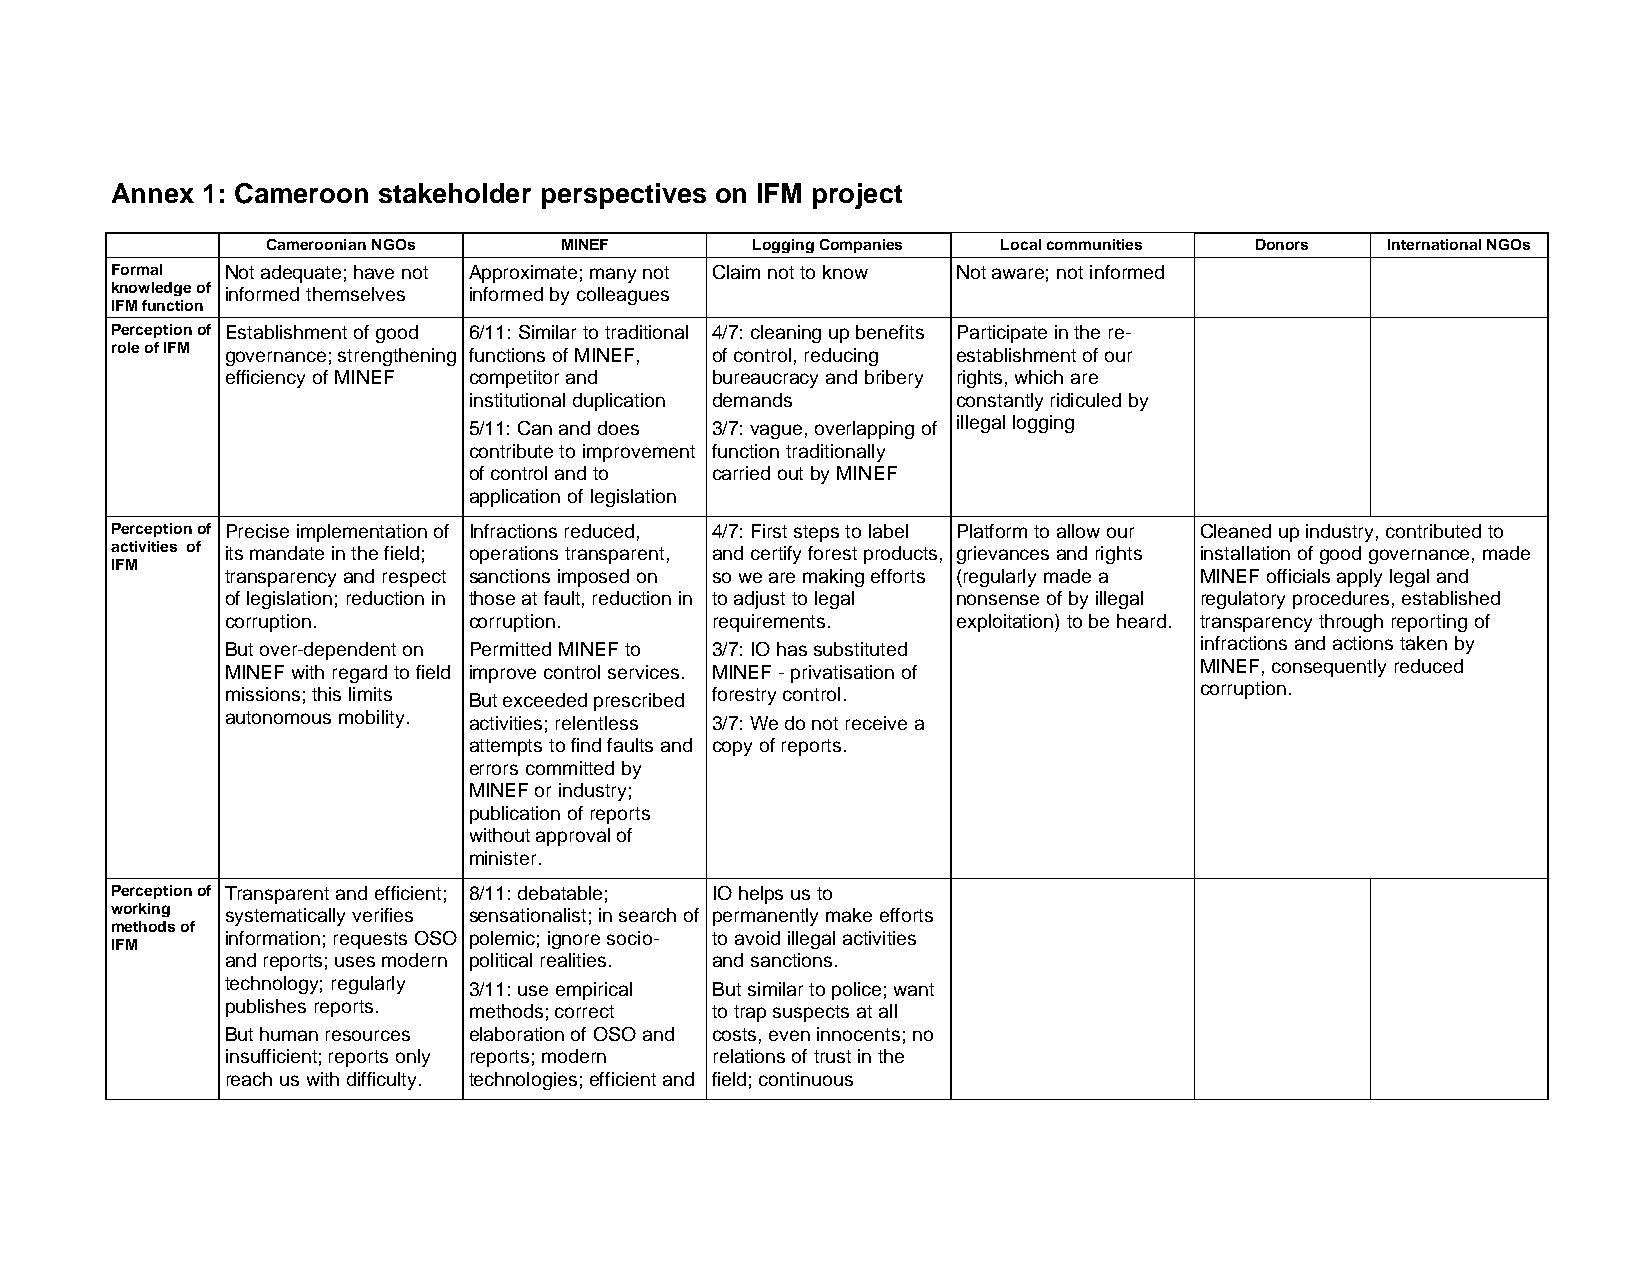
Annex 1: Cameroon stakeholder perspectives on IFM project
 Cameroonian NGOs   MINEF        Logging Companies Local communities Donors International NGOs
 Formal  Not adequate; have not Approximate; many not Claim not to know Not aware; not informed
 knowledge of informed themselves informed by colleagues
 IFM function
 Perception of Establishment of good 6/11: Similar to traditional 4/7: cleaning up benefits Participate in the re-
 role of IFM governance; strengthening functions of MINEF, of control, reducing establishment of our
 efficiency of MINEF competitor and bureaucracy and bribery rights, which are
 institutional duplication demands constantly ridiculed by
 5/11: Can and does 3/7: vague, overlapping of illegal logging
 contribute to improvement function traditionally
 of control and to carried out by MINEF
 application of legislation
 Perception of Precise implementation of Infractions reduced, 4/7: First steps to label Platform to allow our Cleaned up industry, contributed to
 activities of its mandate in the field; operations transparent, and certify forest products, grievances and rights installation of good governance, made
 IFM
 transparency and respect sanctions imposed on so we are making efforts (regularly made a MINEF officials apply legal and
 of legislation; reduction in those at fault, reduction in to adjust to legal nonsense of by illegal regulatory procedures, established
 corruption.     corruption.     requirements.   exploitation) to be heard. transparency through reporting of
 But over-dependent on Permitted MINEF to 3/7: IO has substituted infractions and actions taken by
 MINEF with regard to field improve control services. MINEF - privatisation of MINEF, consequently reduced
 missions; this limits But exceeded prescribed forestry control. corruption.
 autonomous mobility. activities; relentless 3/7: We do not receive a
 attempts to find faults and copy of reports.
 errors committed by
 MINEF or industry;
 publication of reports
 without approval of
 minister.
 Perception of Transparent and efficient; 8/11: debatable; IO helps us to
 working systematically verifies sensationalist; in search of permanently make efforts
 methods of
 information; requests OSO polemic; ignore socio- to avoid illegal activities
 IFM
 and reports; uses modern political realities. and sanctions.
 technology; regularly 3/11: use empirical But similar to police; want
 publishes reports. methods; correct to trap suspects at all
 But human resources elaboration of OSO and costs, even innocents; no
 insufficient; reports only reports; modern relations of trust in the
 reach us with difficulty. technologies; efficient and field; continuous